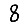
Digit: 8